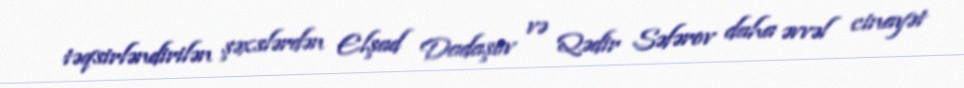
təqsirləndirilən şəxslərdən Elşad Dadaşov və Qədir Səfərov daha əvvəl cinayət